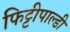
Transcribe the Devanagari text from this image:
फिट्टीपाल्डी